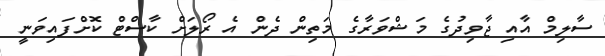
ސާލިމް އާއި ޖާވިދުގެ މަޝްވަރާގެ މަތިން ދެން އެ ރޯލަށް ކާސްޓް ކޮށްފައިވަނީ